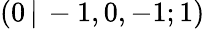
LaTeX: (0\, |\, -1,0,-1;1)